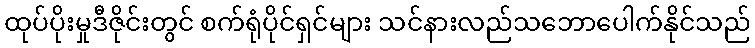
ထုပ်ပိုးမှုဒီဇိုင်းတွင် စက်ရုံပိုင်ရှင်များ သင်နားလည်သဘောပေါက်နိုင်သည်